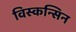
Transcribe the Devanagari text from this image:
विस्कन्सिन